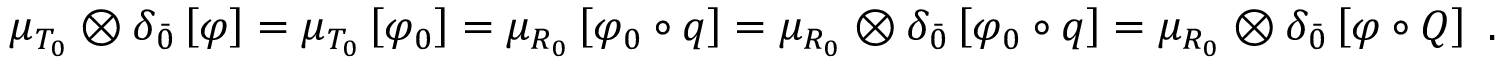
\mu _ { T _ { 0 } } \otimes \delta _ { \bar { 0 } } \left[ \varphi \right] = \mu _ { T _ { 0 } } \left[ \varphi _ { 0 } \right] = \mu _ { R _ { 0 } } \left[ \varphi _ { 0 } \circ q \right] = \mu _ { R _ { 0 } } \otimes \delta _ { \bar { 0 } } \left[ \varphi _ { 0 } \circ q \right] = \mu _ { R _ { 0 } } \otimes \delta _ { \bar { 0 } } \left[ \varphi \circ Q \right] \ .